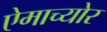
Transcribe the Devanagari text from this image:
ऐमाच्योर